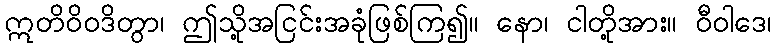
ဣတိဝိဝဒိတွာ၊ ဤသို့အငြင်းအခုံဖြစ်ကြ၍။ နော၊ ငါတို့အား။ ဝီဝါဒေ၊